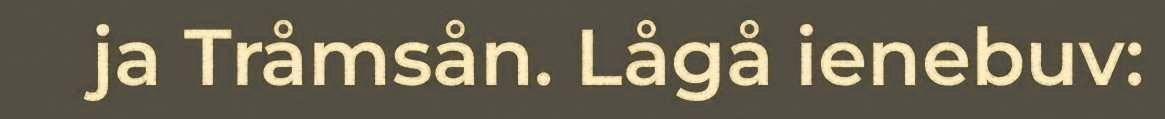
ja Tråmsån. Lågå ienebuv: